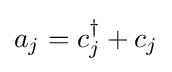
a_{j}=c_{j}^{\dagger }+c_{j}